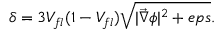
\delta = 3 V _ { f l } ( 1 - V _ { f l } ) \sqrt { | \vec { \nabla } \phi | ^ { 2 } + e p s } .